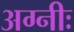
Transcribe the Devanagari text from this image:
अग्नीः